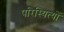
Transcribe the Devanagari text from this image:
परिस्थित्यों